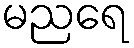
မညရေ